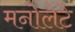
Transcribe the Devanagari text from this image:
मनोलेटे